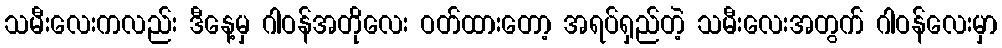
သမီးလေးကလည်း ဒီနေ့မှ ဂါဝန်အတိုလေး ဝတ်ထားတော့ အရပ်ရှည်တဲ့ သမီးလေးအတွက် ဂါဝန်လေးမှာ